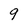
Character: 9